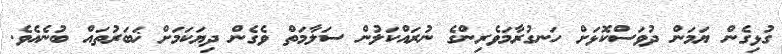
ގުޅިގެން ޔަމަން ދުވަސްކޮޅަށް ހަނގުރާމަވެރިންގެ ނުރައްކަލުން ސަލާމަތް ވެގެން ދިޔަކަމަށް ޚަބަރުތައް ބުނެއެވެ.